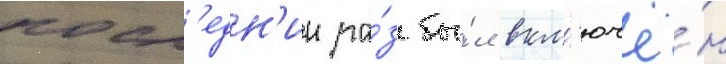
посл'едн'ии ра́з бы́л вкл'ючё́н